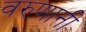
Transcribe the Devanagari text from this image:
वरुणानी